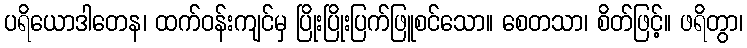
ပရိယောဒါတေန၊ ထက်ဝန်းကျင်မှ ပြိုးပြိုးပြက်ဖြူစင်သော။ စေတသာ၊ စိတ်ဖြင့်။ ဖရိတွာ၊